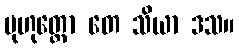
မုဟုတ္တော တေ သိယာ ဒသ။